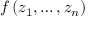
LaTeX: f \left( z _ { 1 } , \ldots , z _ { n } \right)